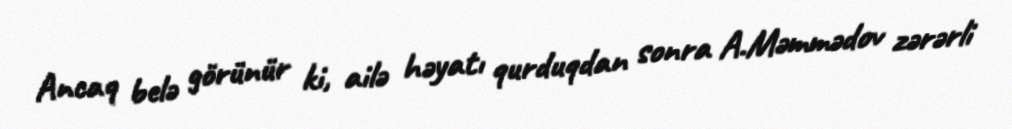
Ancaq belə görünür ki, ailə həyatı qurduqdan sonra A.Məmmədov zərərli